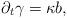
LaTeX: \begin{align*}\partial_t \gamma = \kappa b,\end{align*}